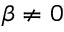
\beta \neq 0